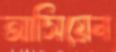
আসিয়েন